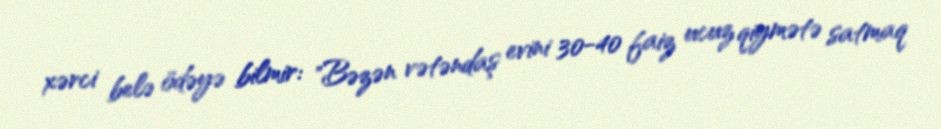
xərci belə ödəyə bilmir: "Bəzən vətəndaş evini 30-40 faiz ucuz qiymətə satmaq